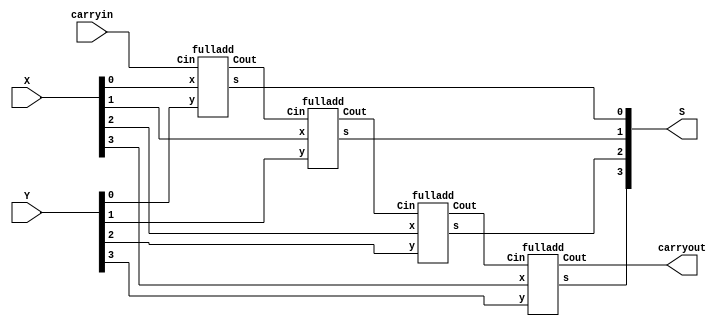
module top (carryin , X , Y , S , carryout);
  input carryin; 
  input [3:0] X, Y; 
  output [3:0] S; 
  output carryout; 
  wire [3:1] C; 
 
  fulladd stage0(carryin, X[0], Y[0], S[0], C[1]);   
  fulladd stage1(C[1], X[1], Y[1], S[1], C[2]); 
  fulladd stage2(C[2], X[2], Y[2], S[2], C[3]); 
  fulladd stage3(C[3], X[3], Y[3], S[3], carryout); 
 
endmodule 

module fulladd (Cin , x , y , s , Cout); 
  input Cin, x, y; 
  output s, Cout; 
 
  assign {Cout, s} = x + y + Cin; 
 
endmodule